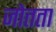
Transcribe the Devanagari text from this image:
जोतता